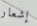
إشعار